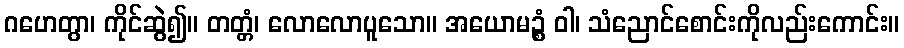
ဂဟေတွာ၊ ကိုင်ဆွဲ၍။ တတ္တံ၊ လောလောပူသော။ အယောမဉ္စံ ဝါ၊ သံညောင်စောင်းကိုလည်းကောင်း။